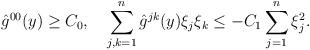
LaTeX: \begin{align*} \hat g^{00}(y)\geq C_0,\ \ \ \sum_{j,k=1}^n\hat g^{jk}(y)\xi_j\xi_k\leq -C_1\sum_{j=1}^n\xi_j^2.\end{align*}